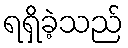
ရရှိခဲ့သည်